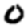
Digit: 0